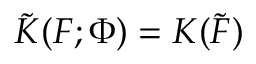
\tilde { { \cal K } } ( { \cal F } ; \Phi ) = { \cal K } ( \tilde { { \cal F } } )